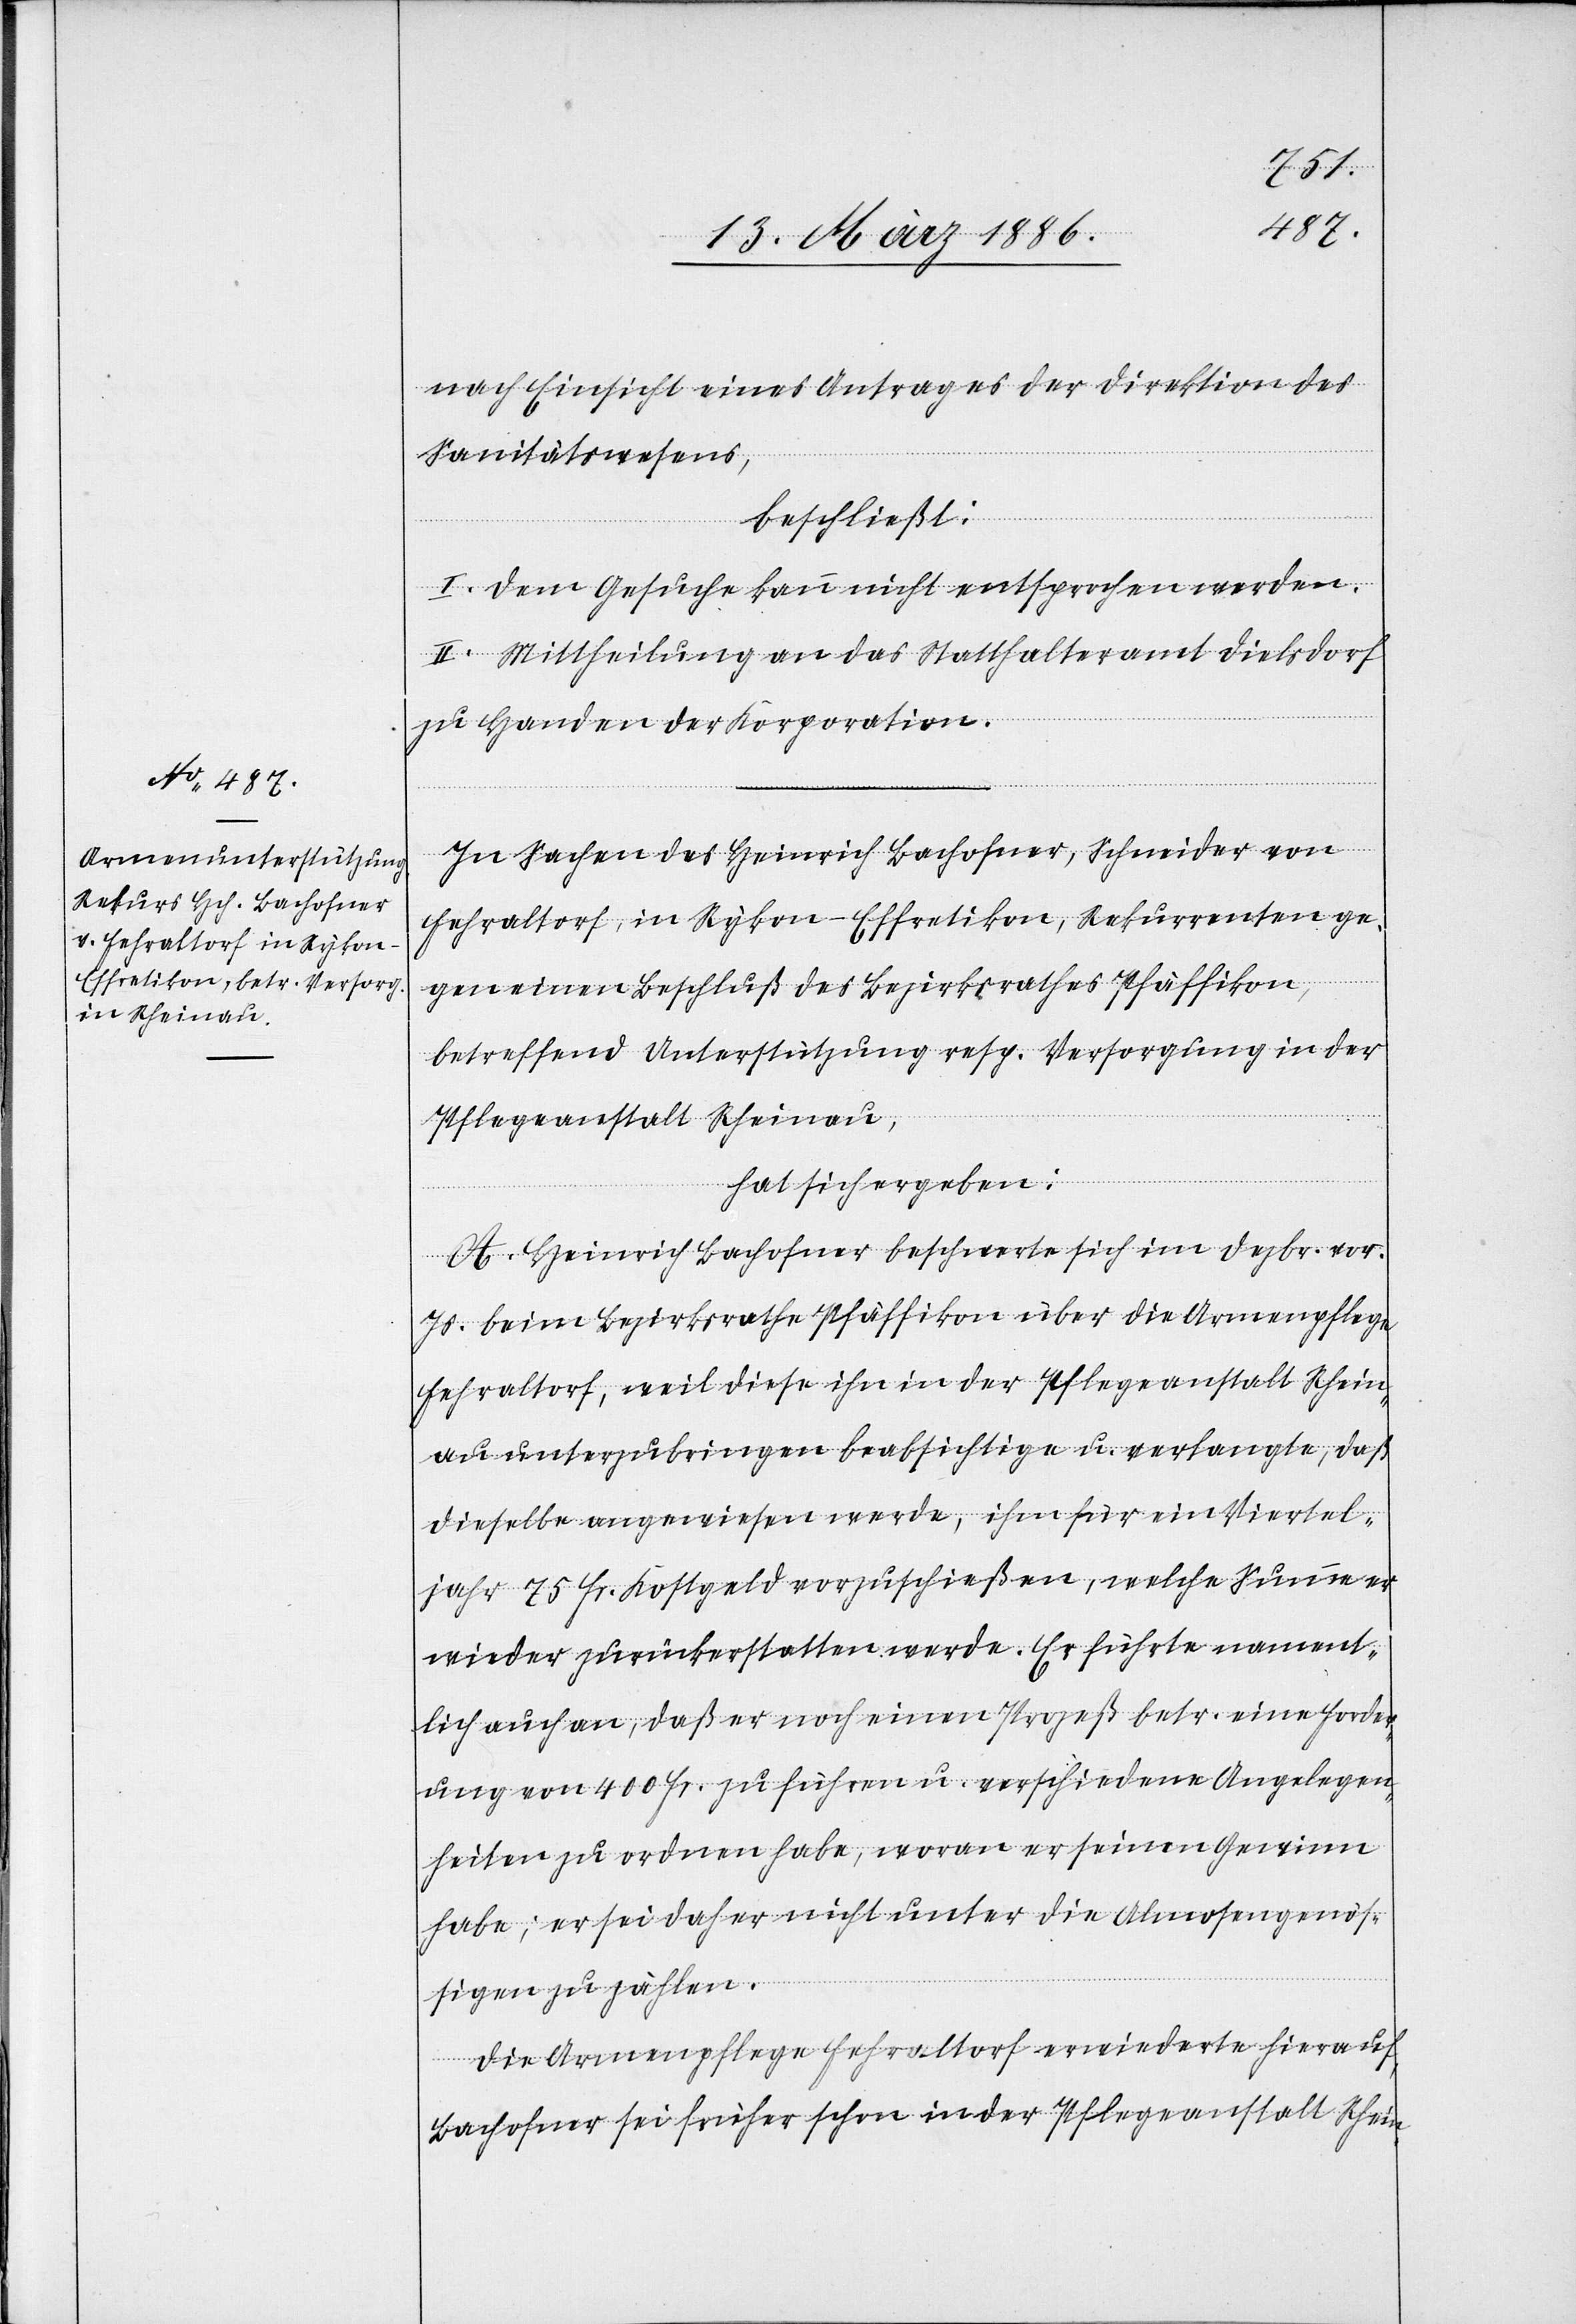
nach Einsicht eines Antrages der Direktion des
Sanitätswesens,
beschließt:
I. Dem Gesuche kann nicht entsprochen werden.
II. Mittheilung an das Statthalteramt Dielsdorf
zu Handen der Korporation.
In Sachen des Heinrich Bachofner, Schneider von
Fehraltorf, in Rykon - Effretikon, Rekurrenten ge¬
gen einen Beschluß des Bezirksrathes Pfäffikon,
betreffend Unterstützung resp. Versorgung in der
Pflegeanstalt Rheinau,
hat sich ergeben:
A. Heinrich Bachofner beschwerte sich in Dezbr. vor.
Js. beim Bezirksrathe Pfäffikon über die Armenpflege
Fehraltorf, weil diese ihn in der Pflegeanstalt Rhein¬
au unterzubringen beabsichtige u. verlangte, daß
dieselbe angewiesen werde, ihm für ein Viertel¬
jahr 75 Fr. Kostgeld vorzuschießen, welche Summe er
wieder zurückerstatten werde. Er führte nament¬
lich auch an, daß er noch einen Prozeß betr. eine Forder¬
ung von 4000 Fr. zu führen u. verschiedene Angelegen¬
heiten zu ordnen habe, woran er seinen Gewinn
habe; er sei daher nicht unter die Almosengenös¬
sigen zu zählen.
Die Armenpflege Fehraltorf erwiederte hierauf,
Bachofner sei früher schon in der Pflegeanstalt Rhein-